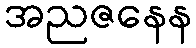
အညဇနေန